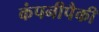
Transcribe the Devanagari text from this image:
कंपनीपैकी